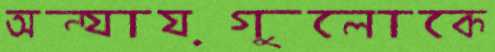
অন্যায়গুলোকে